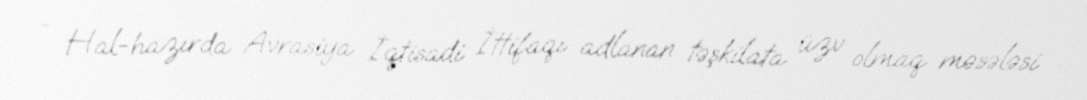
- Hal-hazırda Avrasiya İqtisadi İttifaqı adlanan təşkilata üzv olmaq məsələsi